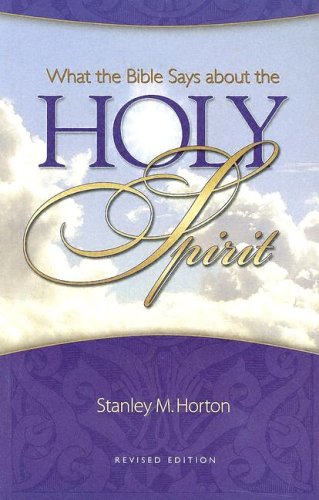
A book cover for What the Bible Says About the Holy Spirit (Revised Edition); Stanley Horton; Christian Books & Bibles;